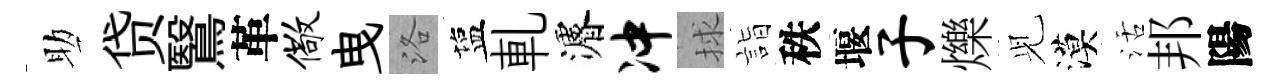
助贷鷖革儆曳洛塩軋濬冲捄詣秩堰子爍𫤗漠活邦陽